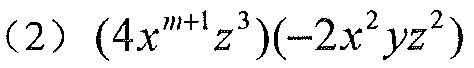
(2) \((4x^{m + 1}z^{3})(-2x^{2}yz^{2})\)